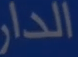
الدار